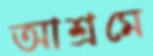
আশ্রমে